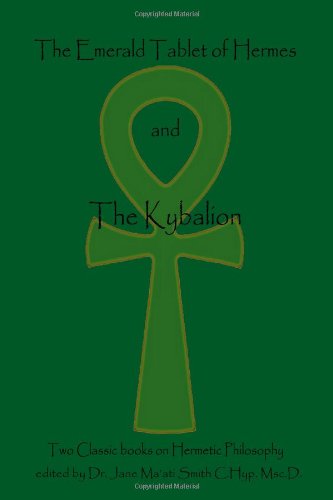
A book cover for The Emerald Tablet Of  Hermes & The Kybalion: Two Classic Bookson Hermetic Philosophy; Hermes Trismegistus; Politics & Social Sciences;